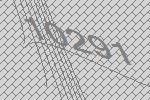
10291